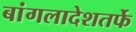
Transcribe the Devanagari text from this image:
बांगलादेशतर्फे